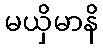
မယှိမာနိ